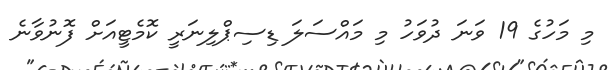
މި މަހުގެ 19 ވަނަ ދުވަހު މި މައްސަލަ ޑިސިޕްލިނަރީ ކޮމެޓީއަށް ފޮނުވާނެ